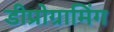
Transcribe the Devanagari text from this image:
डीप्रोग्रामिंग